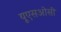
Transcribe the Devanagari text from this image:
यूएसओसी